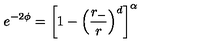
e ^ { - 2 \phi } = \left[ 1 - \left( \frac { r _ { - } } { r } \right) ^ { d } \right] ^ { \alpha }